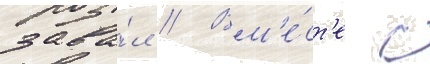
зава́л // Вм'е́ст'е с